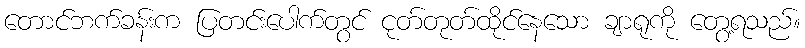
တောင်ဘက်ခန်းက ပြတင်းပေါက်တွင် ငုတ်တုတ်ထိုင်နေသော ချာရုကို တွေ့ရသည်။